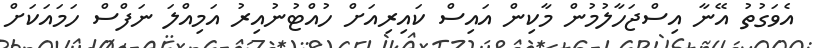
އެވަގުތު އޭނާ އިސްޖަހާލުމުން މާކިން އައިސް ކައިރިއަށް ހުއްޓުނުއިރު އަމިއްލަ ނަފްސް ހަމައަކަށް